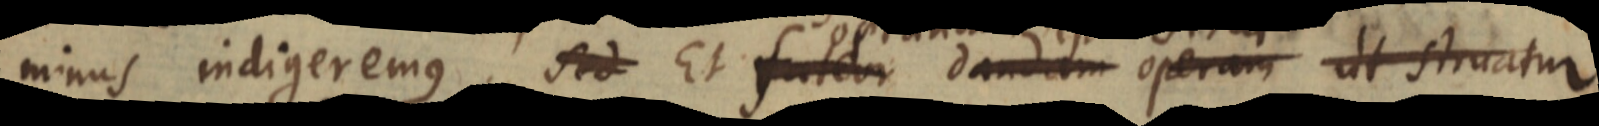
minus indigeremus. Sed Et fuldor dandam operam ut struatur